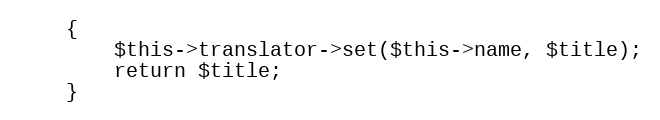
Language: PHP
	{
		$this->translator->set($this->name, $title);
		return $title;
	}